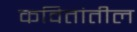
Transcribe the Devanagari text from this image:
कवितांतील